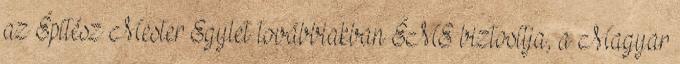
az Építész Mester Egylet továbbiakban ÉME biztosítja, a Magyar